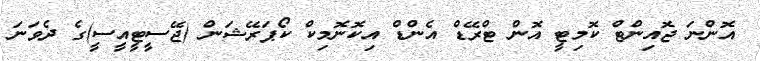
އޮންނަ ޖޮއިންޓް ކޮމިޓީ އޮން ޓްރޭޑް އެންޑް އިކޮނޮމިކް ކޯޕަރޭޝަން (ޖޭސީޓީއީސީ)ގެ ދެވަނަ